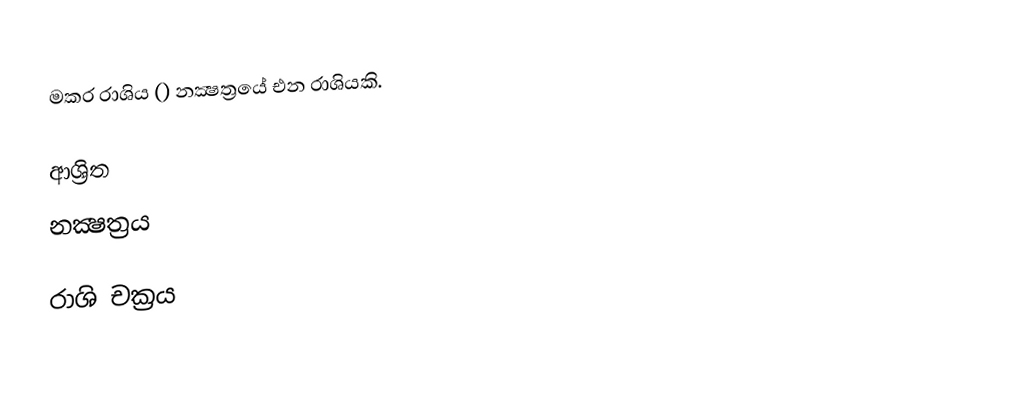
මකර රාශිය () නක්‍ෂත්‍රයේ එන රාශියකි.

ආශ්‍රිත
 නක්‍ෂත්‍රය

රාශි චක්‍රය